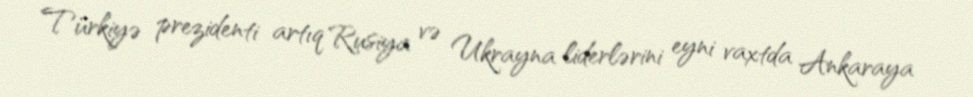
Türkiyə prezidenti artıq Rusiya və Ukrayna liderlərini eyni vaxtda Ankaraya